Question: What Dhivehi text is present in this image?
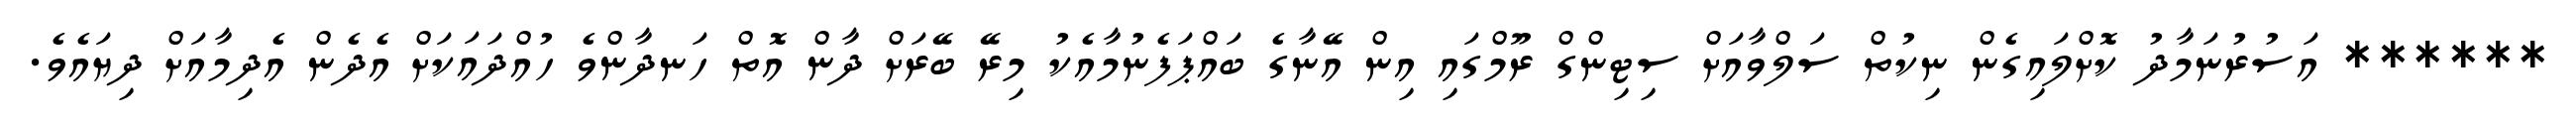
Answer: ****** އަސުރުނަމާދު ކޮށްލައިގެން ނިކުތް ސަލްވާއަށް ސިޓިންގް ރޫމްގައި އިން އޭނާގެ ބައްޕަފެނުމާއެކު މިރޭ ބޭރަށް ދާން އޮތް ހަނދާންވެ ހުއްދައަކަށް އެދެން އެދިމާއަށް ދިޔައެވެ.